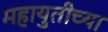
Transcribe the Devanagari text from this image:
महायुतीच्या